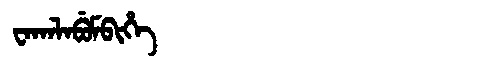
Manchu: ᠸᠠᡴᠠᠯᠠᠪᡠᠮᠪᡳᡥᡝ
Romanization: WAKALABUMBIHE